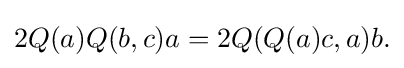
\displaystyle {2Q(a)Q(b,c)a=2Q(Q(a)c,a)b.}